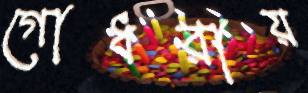
গোধরায়